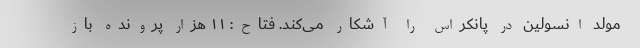
مولد انسولین در پانکراس را آشکار می‌کند. فتاح: ۱۱ هزار پرونده باز